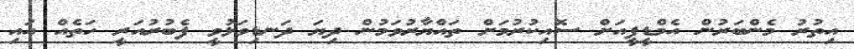
އިތުރު މެންބަރުން އެމްޑީޕީއަށް ސޮއިކުރުމަށް ތައްޔާރުވަމުން ދިޔަ ދަނޑިވަޅުވީ ފެބުރުއަރީ ހަތެއް އައި